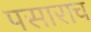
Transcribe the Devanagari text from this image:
पसाराच